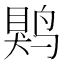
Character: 䴗